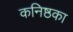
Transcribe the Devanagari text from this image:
कनिष्ठका